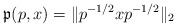
\begin{align*}\mathfrak{p}(p,x)=\Vert p^{-1/2}xp^{-1/2}\Vert_2 \end{align*}